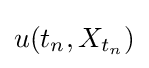
u(t_{n},X_{t_{n}})